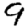
Digit: 9